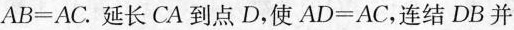
$$AB＝AC$$。延长CA到点D，使$$AD＝AC$$，连结DB并